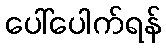
ပေါ်ပေါက်ရန်